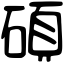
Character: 碩